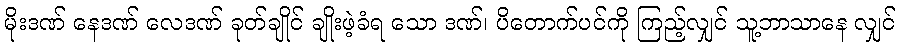
မိုးဒဏ် နေဒဏ် လေဒဏ် ခုတ်ချိုင် ချိုးဖဲ့ခံရ သော ဒဏ်၊ ပိတောက်ပင်ကို ကြည့်လျှင် သူ့ဘာသာနေ လျှင်